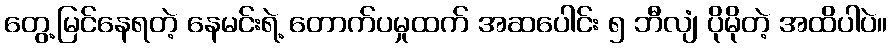
တွေ့မြင်နေရတဲ့ နေမင်းရဲ့ တောက်ပမှုထက် အဆပေါင်း ၅ ဘီလျံ ပိုမိုတဲ့ အထိပါပဲ။